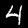
Label: 4